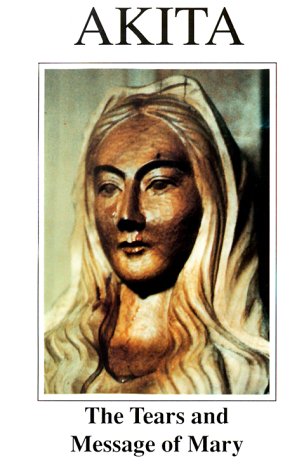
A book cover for Akita: The Tears and Message of Mary; Teiji Yasuda; Christian Books & Bibles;